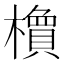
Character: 𬄽